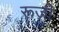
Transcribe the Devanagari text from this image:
रूजी